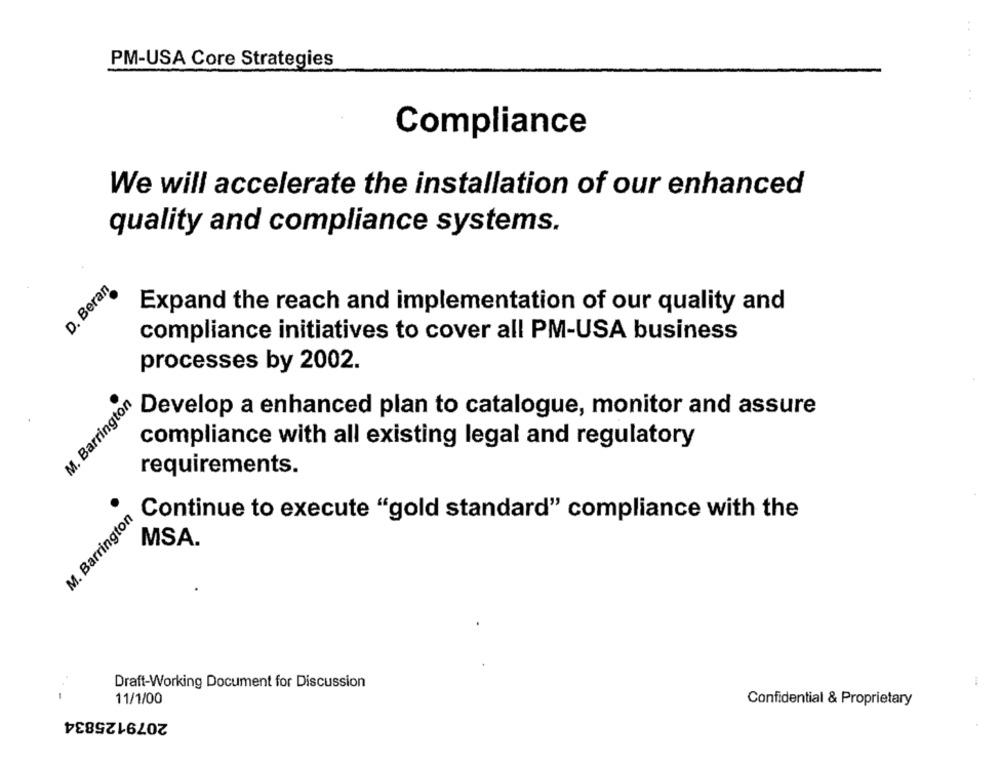
PM-USA Core Strategies
:
Compliance
We will accelerate the installation of our enhanced
quality and compliance systems.
D. Beran
Expand the reach and implementation of our quality and
compliance initiatives to cover all PM-USA business
processes by 2002.
M. Barrington
Develop a enhanced plan to catalogue, monitor and assure
compliance with all existing legal and regulatory
requirements.
M. Barrington
Continue to execute "gold standard" compliance with the
MSA.
Draft-Working Document for Discussion
-
11/1/00
Confidential & Proprietary
2079125834